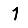
Digit: 1